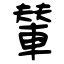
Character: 輦